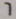
6